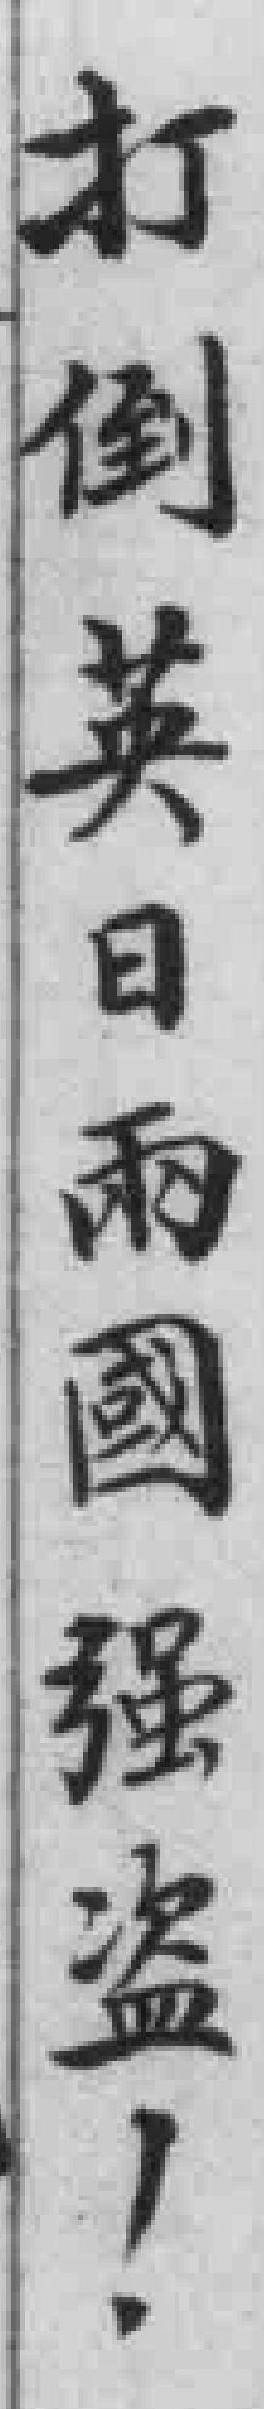
打倒英日兩國强盗！